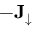
- \mathbf { J } _ { \downarrow }